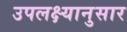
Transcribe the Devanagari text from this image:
उपलक्ष्यानुसार